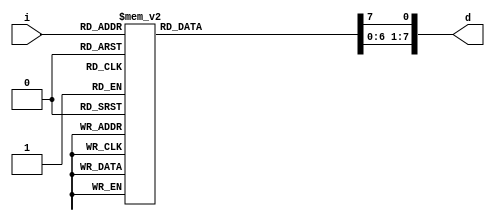
module Decoder3x8(
  input [2:0] i,
  output [7:0] d
);

  reg [7:0] d;

  always @( * ) begin

    // Avoid implicit latching
    {d[0], d[1], d[2], d[3], d[4], d[5], d[6], d[7]} = 8'b0;

    case (i)
      3'd0: begin
        d[0] = 1'b1;
      end
      3'd1: begin
        d[1] = 1'b1;
      end
      3'd2: begin
        d[2] = 1'b1;
      end
      3'd3: begin
        d[3] = 1'b1;
      end
      3'd4: begin
        d[4] = 1'b1;
      end
      3'd5: begin
        d[5] = 1'b1;
      end
      3'd6: begin
        d[6] = 1'b1;
      end
      3'd7: begin
        d[7] = 1'b1;
      end
    endcase
  end

endmodule